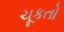
ચૂકતો